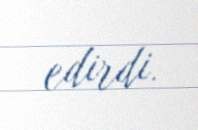
edirdi.